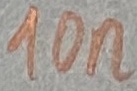
Text: 10n